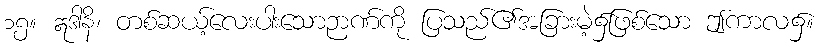
၁၅။ ဣဒါနိ၊ တစ်ဆယ့်လေးပါးသောဉာဏ်ကို ပြသည်၏အခြားမဲ့၌ဖြစ်သော ဤကာလ၌။